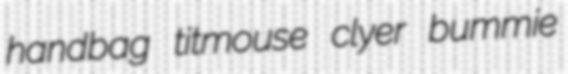
handbag titmouse clyer bummie